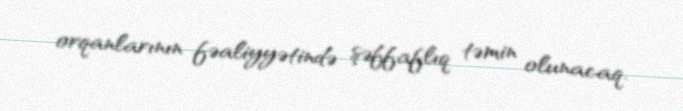
orqanlarının fəaliyyətində şəffaflıq təmin olunacaq.